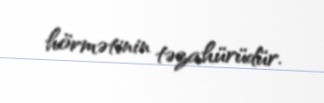
hörmətinin təzahürüdür.